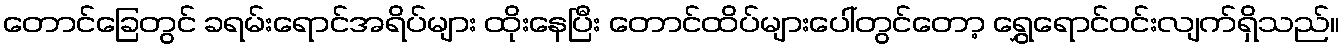
တောင်ခြေတွင် ခရမ်းရောင်အရိပ်များ ထိုးနေပြီး တောင်ထိပ်များပေါ်တွင်တော့ ရွှေရောင်ဝင်းလျက်ရှိသည်။